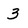
Character: 3